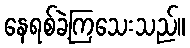
နေရစ်ခဲ့ကြသေးသည်။